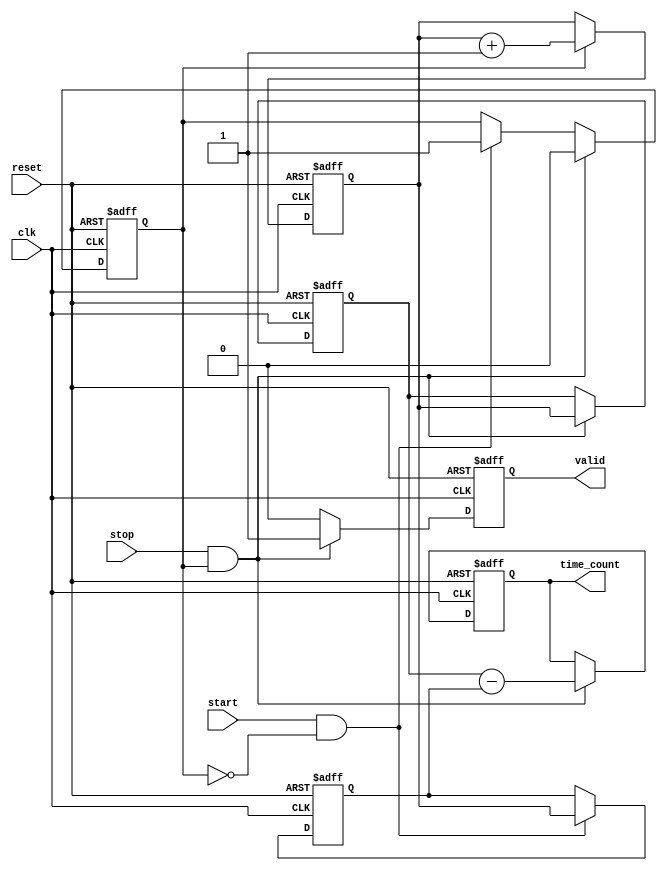
module TDC (
    input wire clk,          // Clock signal
    input wire start,        // Start signal
    input wire stop,         // Stop signal
    input wire reset,        // Reset signal
    output reg [N-1:0] time_count, // Time count output
    output reg valid         // Valid signal output
);
    parameter N = 32; // Number of bits for the counter

    reg [N-1:0] counter;      // N-bit counter
    reg [N-1:0] start_time;   // Start timestamp
    reg [N-1:0] stop_time;    // Stop timestamp
    reg counting;              // Counting state flag

    // Counter logic
    always @(posedge clk or posedge reset) begin
        if (reset) begin
            counter <= 0;
            start_time <= 0;
            stop_time <= 0;
            time_count <= 0;
            valid <= 0;
            counting <= 0;
        end else begin
            if (counting) begin
                counter <= counter + 1; // Increment counter
            end
            
            // Edge detection for start signal
            if (start && !counting) begin
                start_time <= counter; // Latch start time
                counting <= 1;         // Start counting
            end
            
            // Edge detection for stop signal
            if (stop && counting) begin
                stop_time <= counter;  // Latch stop time
                counting <= 0;         // Stop counting
                time_count <= stop_time - start_time; // Calculate time interval
                valid <= 1;            // Indicate valid time count
            end else begin
                valid <= 0;            // Reset valid signal if not in stop state
            end
        end
    end
endmodule